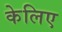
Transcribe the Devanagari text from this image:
केलिए